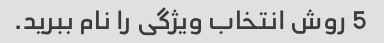
5 روش انتخاب ویژگی را نام ببرید.